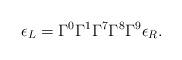
LaTeX: \begin{align*}\epsilon_L = \Gamma^0 \Gamma^1 \Gamma^7 \Gamma^8 \Gamma^9 \epsilon_R.\end{align*}